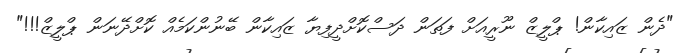
"ދެން ޒައިކާން! ޕްލީޒް ނޫރީއަށް ފަތަން ދަސްކޮށްދީފިޔާ ޒައިކާން ބޭނުންކަމެއް ކޮށްދޭނަން ޕްލީޒް!!!"